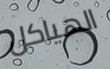
الهياكل